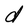
Character: d